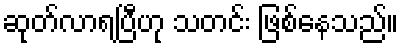
ဆုတ်လာရပြီဟု သတင်း ဖြစ်နေသည်။